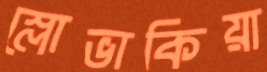
স্লোভাকিয়া